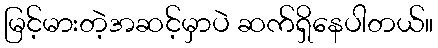
မြင့်မားတဲ့အဆင့်မှာပဲ ဆက်ရှိနေပါတယ်။